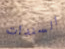
السندات